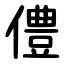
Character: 僼